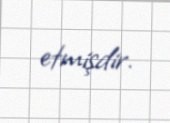
etmişdir.